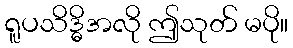
ရူပသိဒ္ဓိအလို ဤသုတ် မပို။